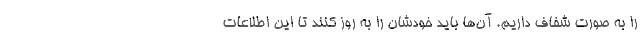
را به صورت شفاف داریم. آن‌ها باید خودشان را به روز کنند تا این اطلاعات